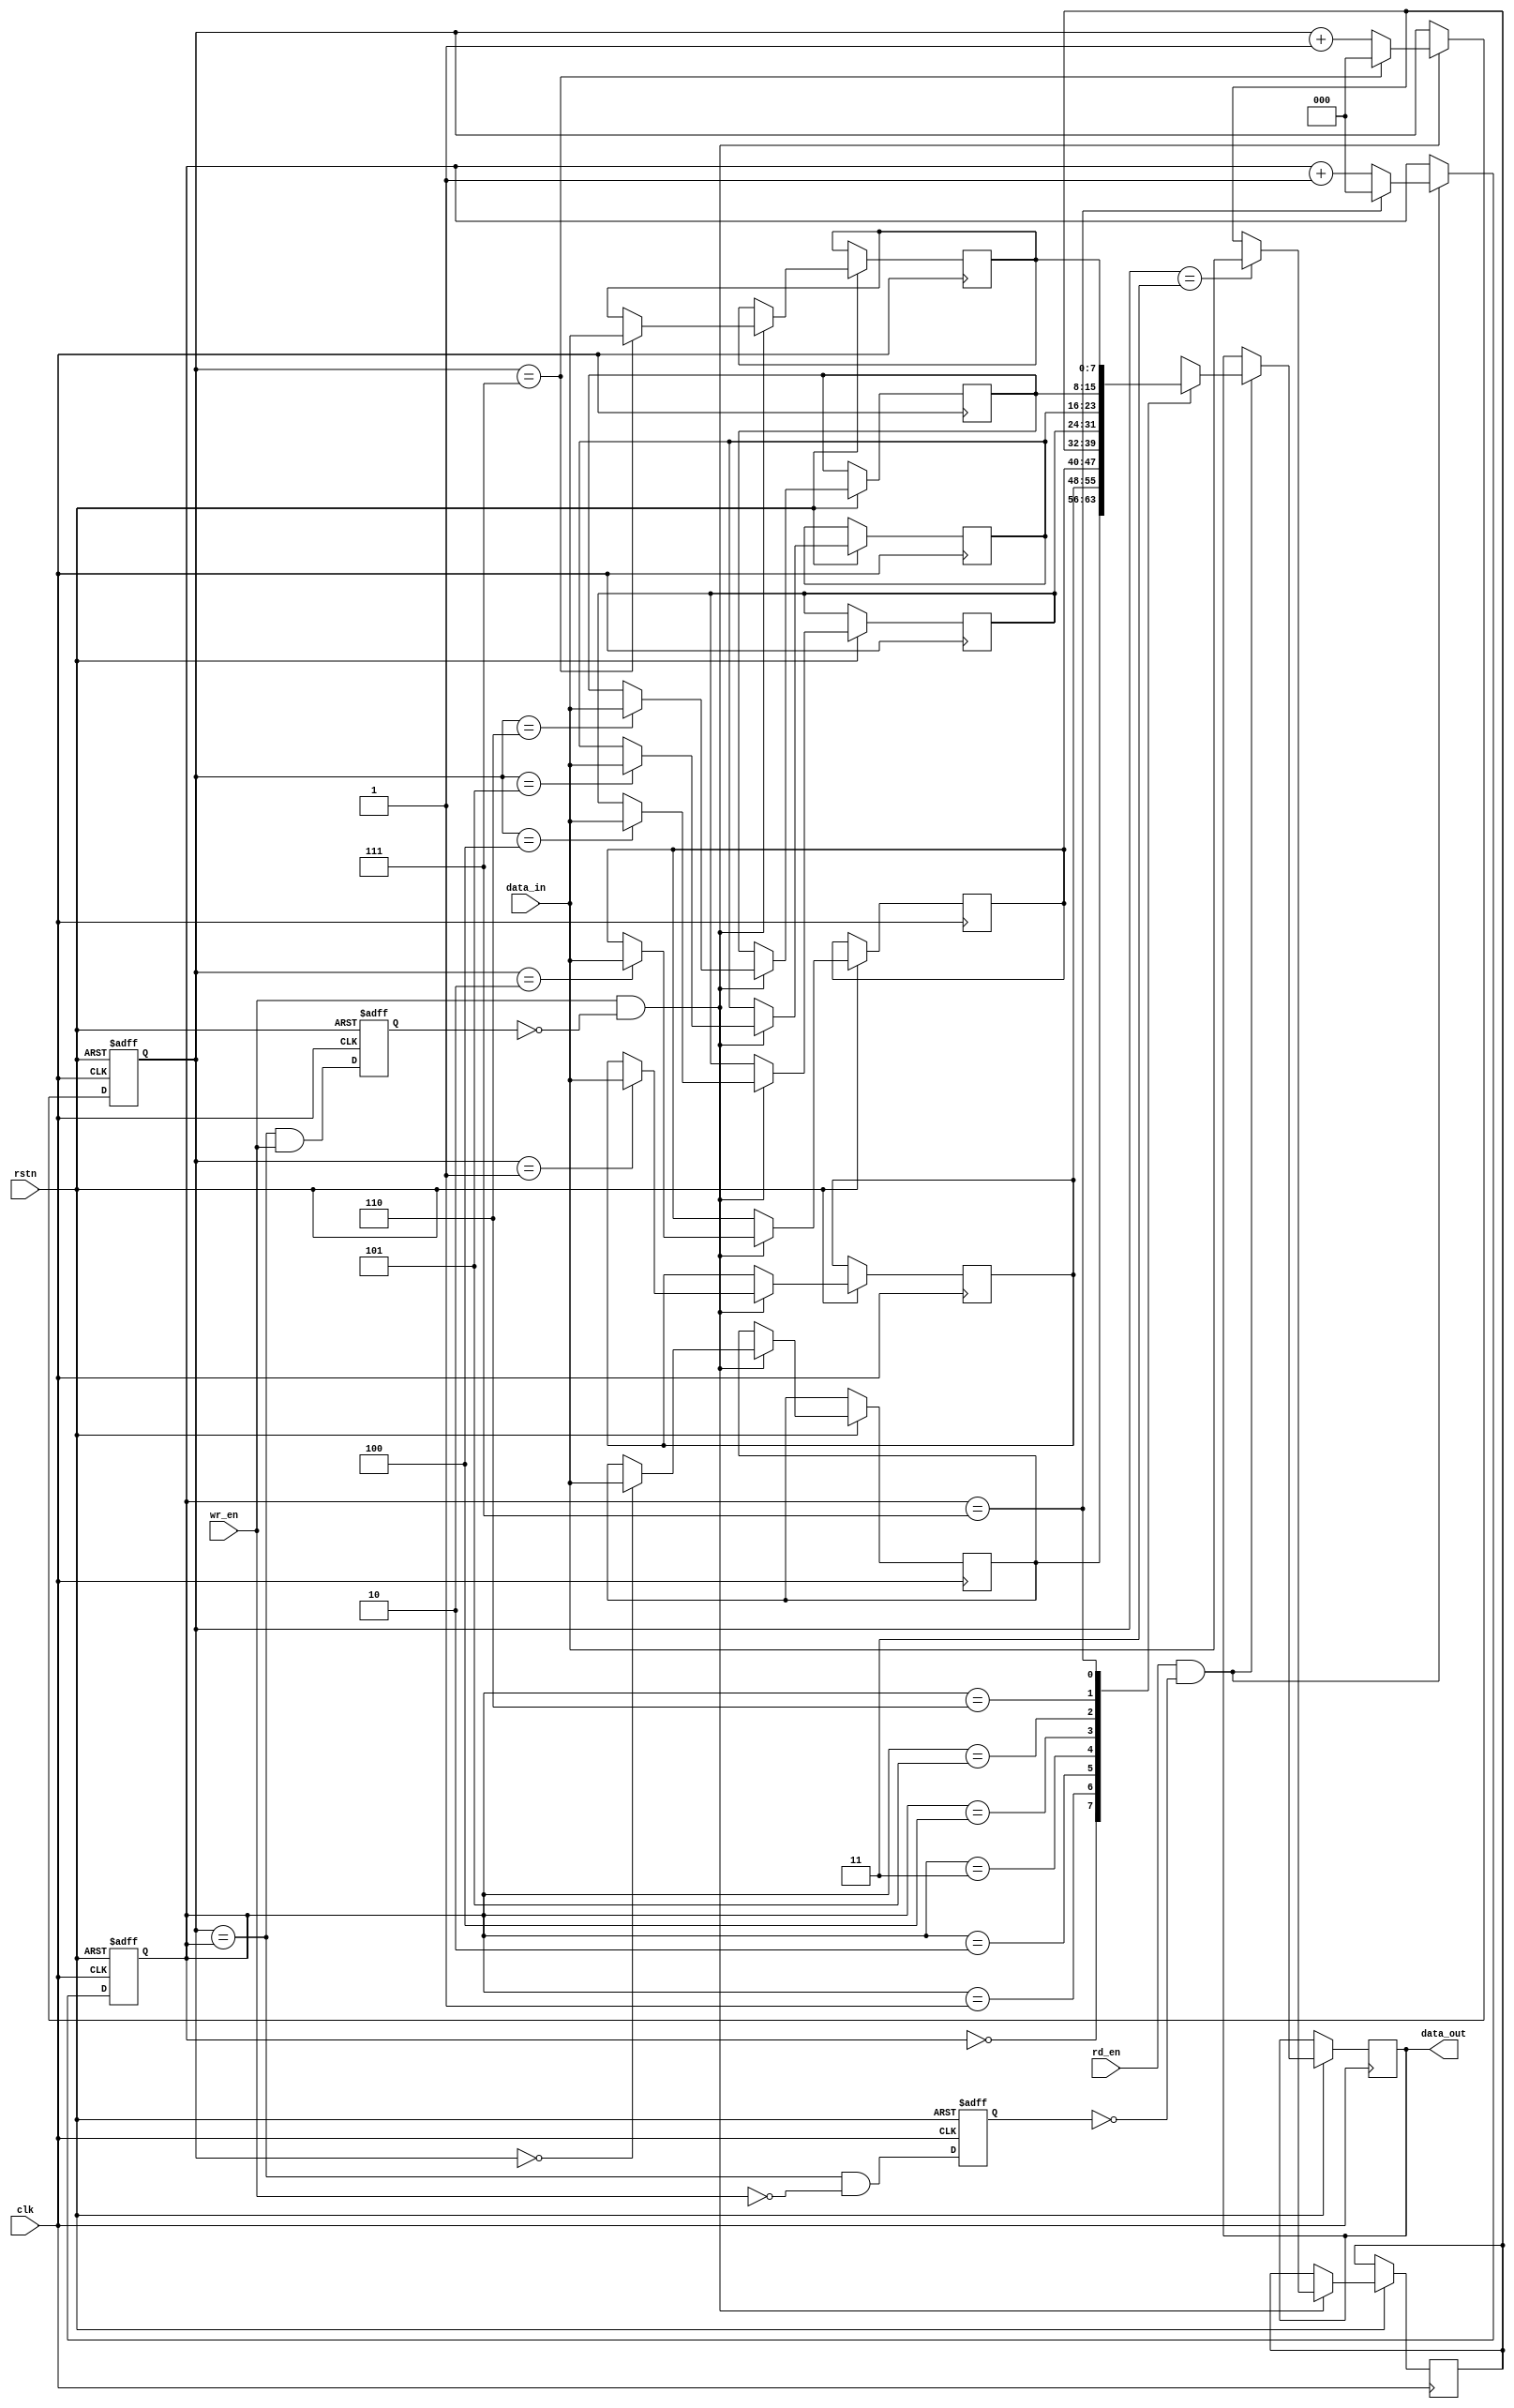
module Circular_FIFO (
    input wire clk,          // Clock signal
    input wire rstn,         // Async active low reset signal
    input wire wr_en,        // Write enable signal
    input wire rd_en,        // Read enable signal
    input wire [DATA_WIDTH-1:0] data_in,    // Input data to be written
    output reg [DATA_WIDTH-1:0] data_out     // Output data read from buffer
);

parameter BUFFER_SIZE = 8;       // Size of the circular buffer
parameter DATA_WIDTH = 8;        // Width of each data value

reg [DATA_WIDTH-1:0] buffer[BUFFER_SIZE-1:0];   // Circular buffer to store data values
reg [2:0] wr_ptr = 0;            // Write pointer to track the write position
reg [2:0] rd_ptr = 0;            // Read pointer to track the read position
reg full = 0;                    // Flag to indicate buffer full condition
reg empty = 1;                   // Flag to indicate buffer empty condition

always @(posedge clk or negedge rstn) begin
    if (~rstn) begin
        wr_ptr <= 0;
        rd_ptr <= 0;
        full <= 0;
        empty <= 1;
    end else begin
        if (wr_en && ~full) begin
            buffer[wr_ptr] <= data_in;
            wr_ptr <= wr_ptr + 1;
            if (wr_ptr == BUFFER_SIZE-1)
                wr_ptr <= 0;
        end
        
        if (rd_en && ~empty) begin
            data_out <= buffer[rd_ptr];
            rd_ptr <= rd_ptr + 1;
            if (rd_ptr == BUFFER_SIZE-1)
                rd_ptr <= 0;
        end
        
        full <= (wr_ptr == rd_ptr) && wr_en;    // Buffer is full when write pointer catches up to read pointer
        empty <= (wr_ptr == rd_ptr) && ~wr_en;  // Buffer is empty when write pointer equals read pointer
    end
end

endmodule